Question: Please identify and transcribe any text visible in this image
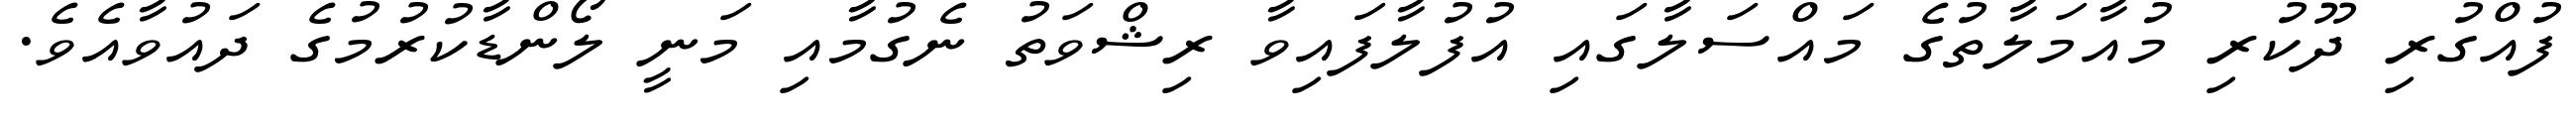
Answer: ފުއްގުރި ދޫކުރި މުއާމަލާތުގެ މައްސަލާގައި އުފުލާފައިވާ ރިޝްވަތު ނެގުމާއި މަނީ ލޯންޑާކުރުމުގެ ދައުވާއެވެ.